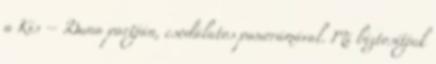
a Kis – Duna partján, csodálatos panorámával. Mi biztosítjuk